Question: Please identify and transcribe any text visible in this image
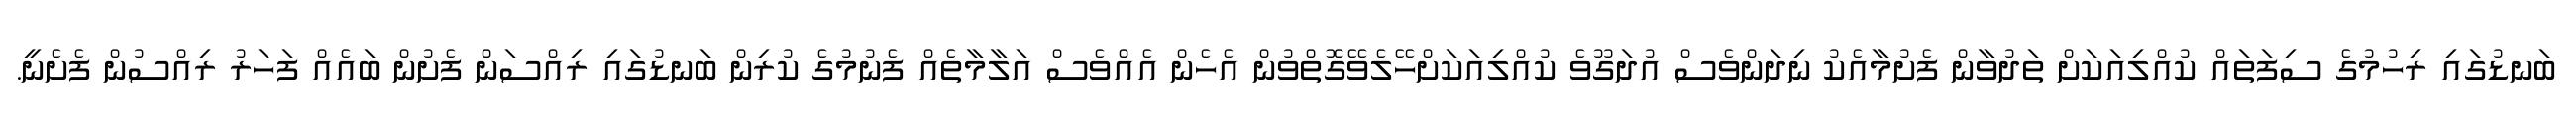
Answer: ބަނޑުގައި ރިހުމުގެ ސިފަތައް ކުއްލިއަކަށް ތަދުވާން ފެށުމާއެކު ނިދަންވެސް އުދަގޫވެ ކުއްލިއަކަށްހޭލެވޭގޮތްވުން އެހެން އެއްވެސް އަލާމާތެއް ފެނުމުގެ ކުރިން ބަނޑުގައި ރިއްސަން ފެށުން ބައެއް ފަހަރު ރިއްސުން ފެށެނީ.